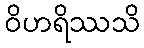
ဝိဟရိဿသိ